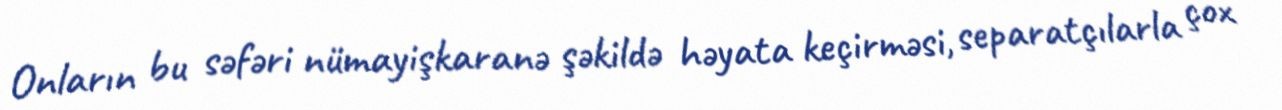
Onların bu səfəri nümayişkaranə şəkildə həyata keçirməsi, separatçılarla çox